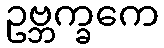
ဥဗ္ဘက္ခကေ